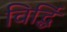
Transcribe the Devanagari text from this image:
विर्द्धि